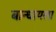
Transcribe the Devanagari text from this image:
बान्धायला